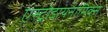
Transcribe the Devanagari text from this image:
एस्ट्रोडायनामिक्स